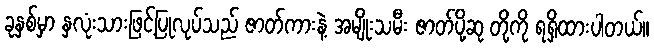
ခုနှစ်မှာ နှလုံးသားဖြင့်ပြုလုပ်သည် ဇာတ်ကားနဲ့ အမျိုးသမီး ဇာတ်ပို့ဆု တို့ကို ရရှိထားပါတယ်။